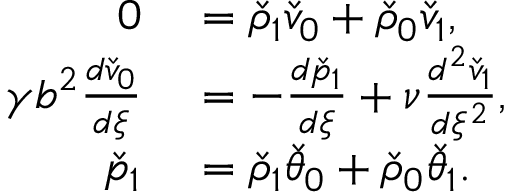
\begin{array} { r l } { 0 } & { { } = \check { \rho } _ { 1 } \check { v } _ { 0 } + \check { \rho } _ { 0 } \check { v } _ { 1 } , } \\ { \gamma b ^ { 2 } \frac { d \check { v } _ { 0 } } { d \xi } } & { { } = - \frac { d \check { p } _ { 1 } } { d \xi } + \nu \frac { d ^ { 2 } \check { v } _ { 1 } } { d \xi ^ { 2 } } , } \\ { \check { p } _ { 1 } } & { { } = \check { \rho } _ { 1 } \check { \theta } _ { 0 } + \check { \rho } _ { 0 } \check { \theta } _ { 1 } . } \end{array}